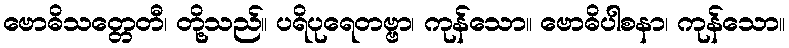
ဗောဓိသတ္တေတီ၊ တို့သည်။ ပရိပုရေတဗ္ဗာ၊ ကုန်သော။ ဗောဓိပါစနာ၊ ကုန်သော။